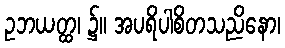
ဥဘယတ္ထ၊ ၌။ အပရိပါစိတသညိနော၊